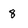
Character: 8